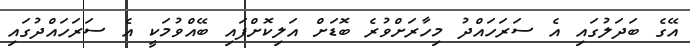
އޭގެ ބަދަލުގައި އެ ސަރަހައްދު މިހާރަށްވުރެ ބޮޑަށް އަލިކޮށްފައި ބޭއްވުމަކީ އެ ސަރަހައްދުގައި